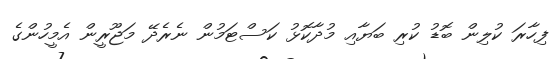
ފިހާރަ ކުލިން ބޮޑު ކުރި ބަޔާއި މުދާކޮޅު ކަސްޓަމުން ނެރެދޭ މަޖޫރީން އެމީހުންގެ